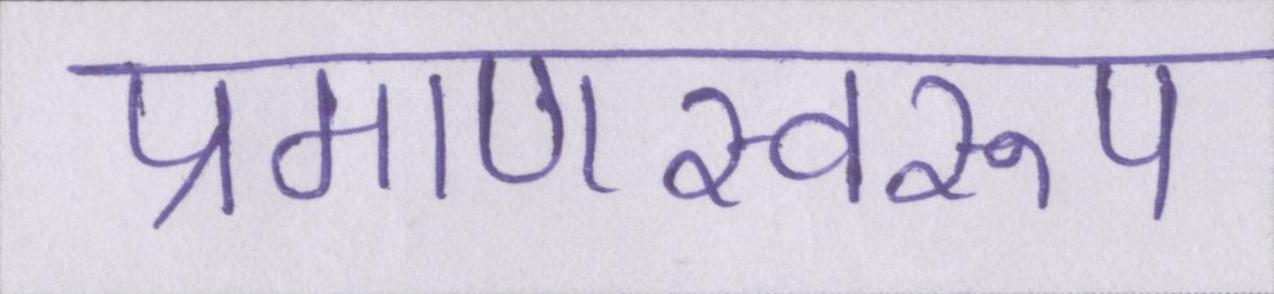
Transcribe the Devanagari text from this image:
प्रमाणस्वरूप